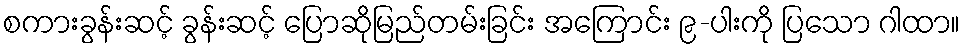
စကားခွန်းဆင့် ခွန်းဆင့် ပြောဆိုမြည်တမ်းခြင်း အကြောင်း ၉-ပါးကို ပြသော ဂါထာ။